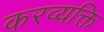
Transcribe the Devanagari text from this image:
करव्यक्ति